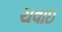
ચવાઇ